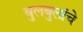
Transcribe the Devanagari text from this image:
बुलबुलांचे